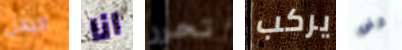
البغل انا تحرر يركب قفى